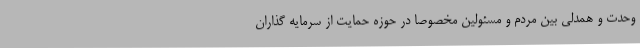
وحدت و همدلی بین مردم و مسئولین مخصوصا در حوزه حمایت از سرمایه گذاران